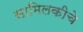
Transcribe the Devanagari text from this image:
सामिलकीचे